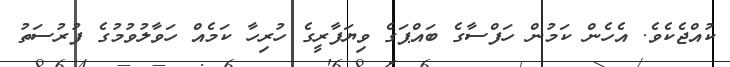
ކުއްޖެކެވެ. އެހެން ކަމުން ހަފްސާގެ ބައްޕަގެ ވިޔަފާރީގެ ހުރިހާ ކަމެއް ހަވާލުވުމުގެ ފުރުސަތު